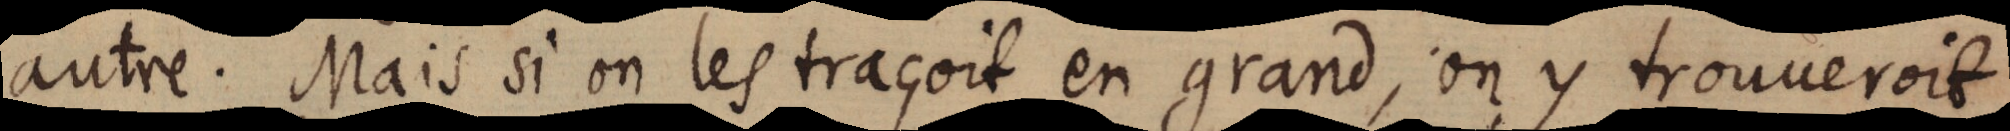
autre. Mais si on les traçoit en grand, on y trouveroit